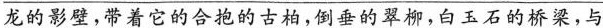
\underline{龙的影壁，带着它的合抱的古柏，倒垂的翠柳，白玉石的桥梁，与}